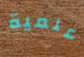
علمية